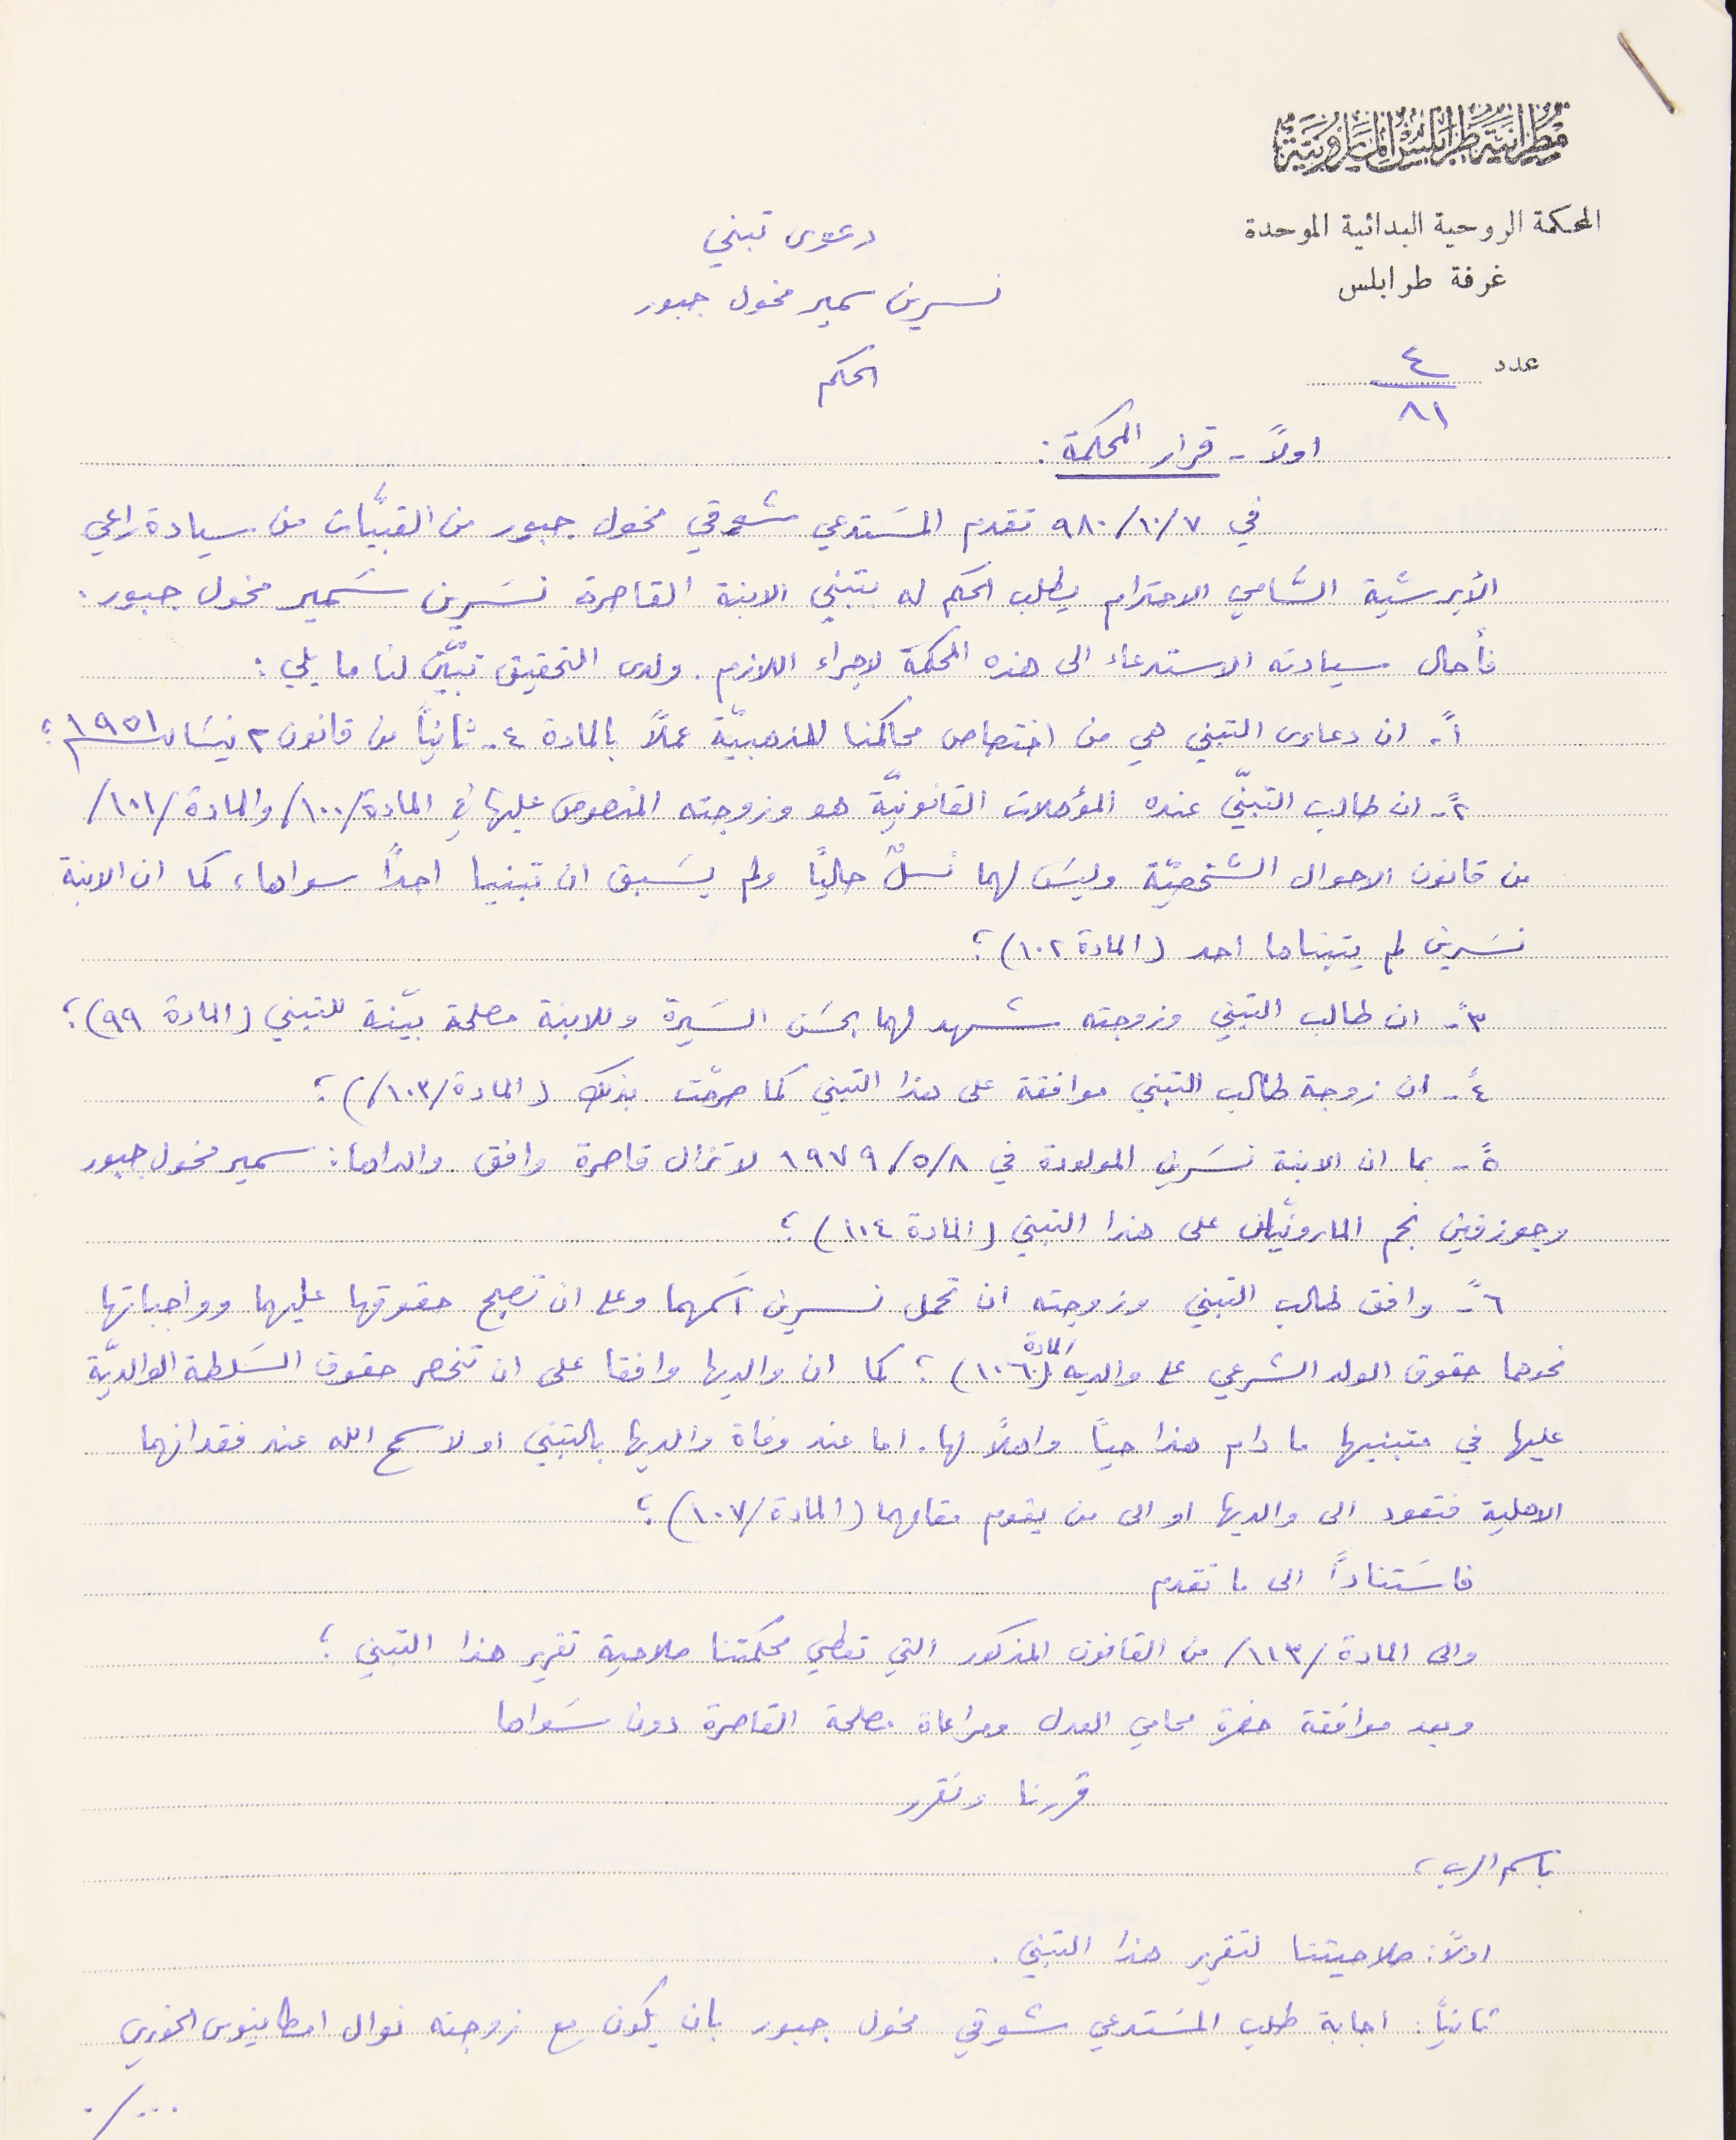
مطرانية طرابلس المارونية
المحكمة الروحية البدائية الموحدة
دعوى تبني
غرفة طرابلس
عدد ٤/ ٨١
اولاً - قرار المحكمة:
في ٧/ ١٠ /٩٨٠ تقدم المسَتدعي شوقي مخول جبور من القنبيّات من سيادة راعي
الأبرشية السَّامي الاحترام يطلب الحكم له بتبني الابنة القاصرة نسَرين سَمير مخول جبور
فأحال سيادته الاستدعاء الى هذه المحكمة لاجراء اللازم. ولدى التحقيق تبيّن لنا ما يلي:
١- ان دعاوى التبني هي من اختصاص محاكمنا المذهبية عملاً بالمادة ٤ من قانون ٢ نيسَان ١٩٥١؛
٢- ان طالب التبنّي عنده المؤهلات القانونيّة هو وزوجته المنصوص عليها في المادة /١٠٠/ والمادة /١٠١/
من قانون الاحوال الشخصيّة وليسَ لهما نسلٌ حالياً ولم يسَبق ان تبنيا احدًا سواها كما ان الابنة
نسَرين لم يتبناها احد (المادة ١٠٢)؛
٣- ان طالب التبني وزوجته شهد لهما بحسَن السَيرة وللابنة مصلحة بيّنة للتبني (المادة ٩٩ )؛
٤- ان زوجة طالب التبني موافقة على هذا التبني كما صرحّت بذلك (المادة /١٠٣/)؛
٥- بما ان الابنة نسَرين المولودة في ٨/ ٥/ ١٩٧٩ لا تزال قاصرة وافق والداها: سمير مخول جبور
 وجوزفين نجم المارونيان على هذا التبني (المادة ١١٤)؛
٦- وافق طالب التبني وزوجته ان تحمل نسرين اسَمهما وعلى ان تصبح حقوقها عليهما وواجباتها
نحوهما حقوق الولد الشرعي على والديه المادة (١٠٦) كما ان والديها وافقا على ان تنحصر حقوق السَلطة الوالديّة
 عليها في متبنيها ما دام هذا حياً واهلاً لها. اما عند وفاة والديها بالتبتي او لا سمح الله عند فقدانهما
الاهلية فتعود الى والديها او الى من يقوم مقامهما (المادة /١٠٧)؛
فاسَتناداً الى ما تقدم
والى المادة /١١٣/ من القانون المذكور التي تعطي محكمتنا صلاحية تقرير هذا التبني؛
وبعد موافقة حضرة محامي العدل ومراعاة مصلحة القاصرة دون سَواها
قررنا ونقرر
باسم الرب،
اولاً صلاحيتنا لتقرير هذا التبني.
تانياً: اجابة طلب المسَتدعي شوقي مخول جبور بان يكون مع زوجته نوال امطانيوس الخوري
نسرين سمير مخول جبور
الحكم